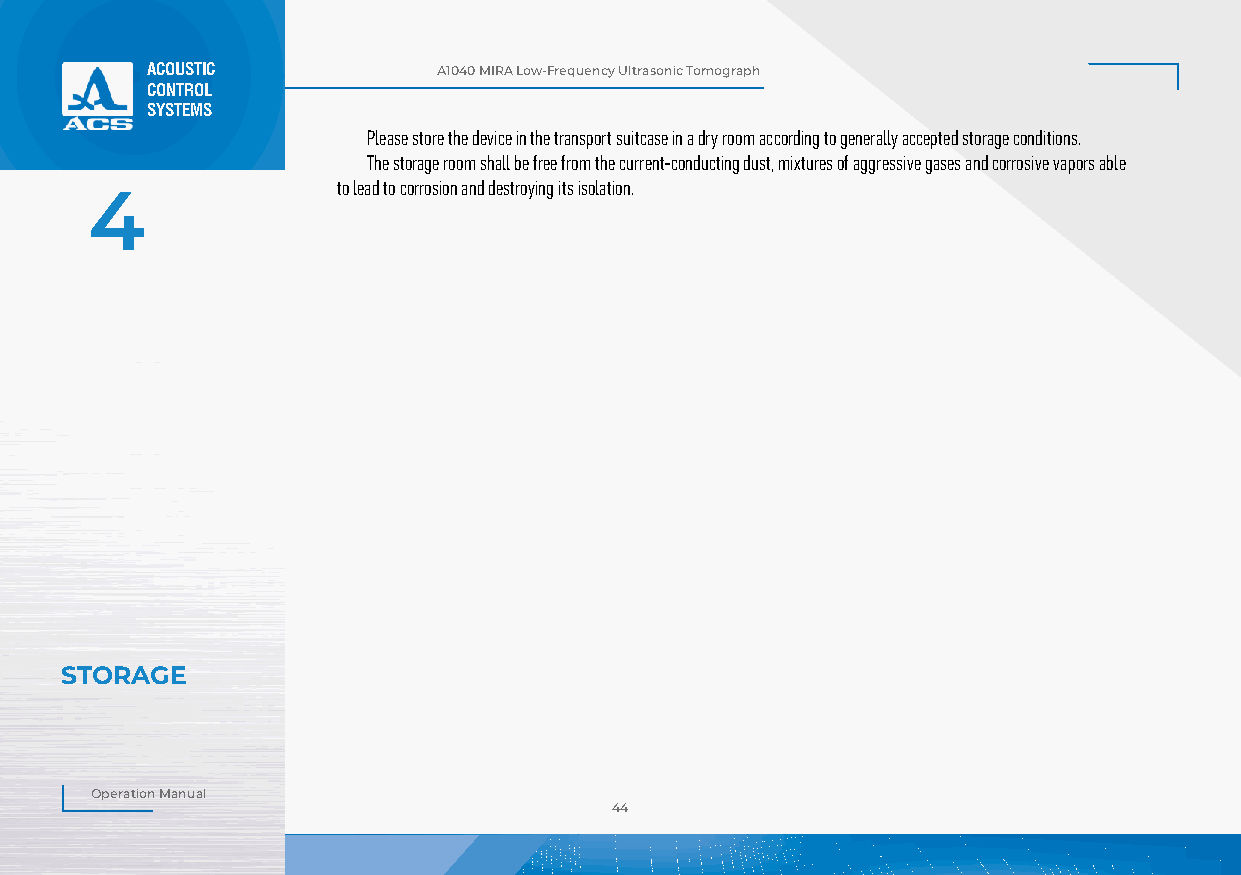
ACOUSTIC           А1040 MIRA Low-Frequency Ultrasonic Tomograph
 CONTROL
 SYSTEMS
 Please store the device in the transport suitcase in a dry room according to generally accepted storage conditions.
 The storage room shall be free from the current-conducting dust, mixtures of aggressive gases and corrosive vapors able
 to lead to corrosion and destroying its isolation.
 4
 STORAGE
 Operation Manual
 44